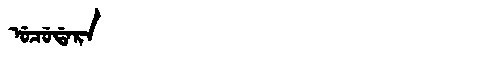
Manchu: ᡠᠴᡠᡩᠠᡵᠠ
Romanization: UCUDARA